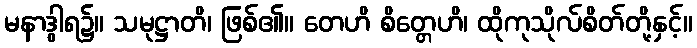
မနာဒွါရ၌။ သမုဋ္ဌာတိ၊ ဖြစ်၏။ တေဟိ စိတ္တေဟိ၊ ထိုကုသိုလ်စိတ်တို့နှင့်။